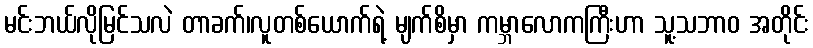
မင်းဘယ်လိုမြင်သလဲ တာခက်၊လူတစ်ယောက်ရဲ့ မျက်စိမှာ ကမ္ဘာလောကကြီးဟာ သူ့သဘာဝ အတိုင်း